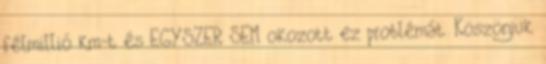
félmillió km-t és EGYSZER SEM okozott ez problémát. Köszönjük